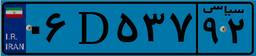
۵۰D۹۱۰۸۷